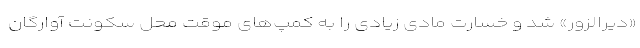
«دیرالزور» شد و خسارت مادی زیادی را به کمپ‌های موقت محل سکونت آوارگان